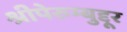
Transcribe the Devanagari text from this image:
श्रीपेरुम्बुद्दूर